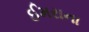
ઈમરાના